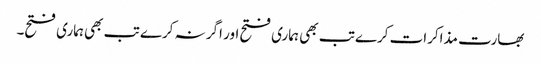
بھارت مذاکرات کرے تب بھی ہماری فتح اور اگر نہ کرے تب بھی ہماری فتح۔